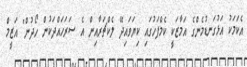
އެކަމަކު އަޅުގަނޑުމެންގެ އަމާޒަކީ ކެމްޕަހުގައި ކިޔަވައިދޭ ލެކްޗަރާއިން އެ ސަރަހައްދަކުން ހޯދުން" އަޒީމް